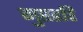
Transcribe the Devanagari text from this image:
गुप्तहरि